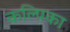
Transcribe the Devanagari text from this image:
कल्पिका